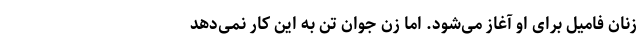
زنان فامیل برای او آغاز می‌شود. اما زن جوان تن به این کار نمی‌دهد